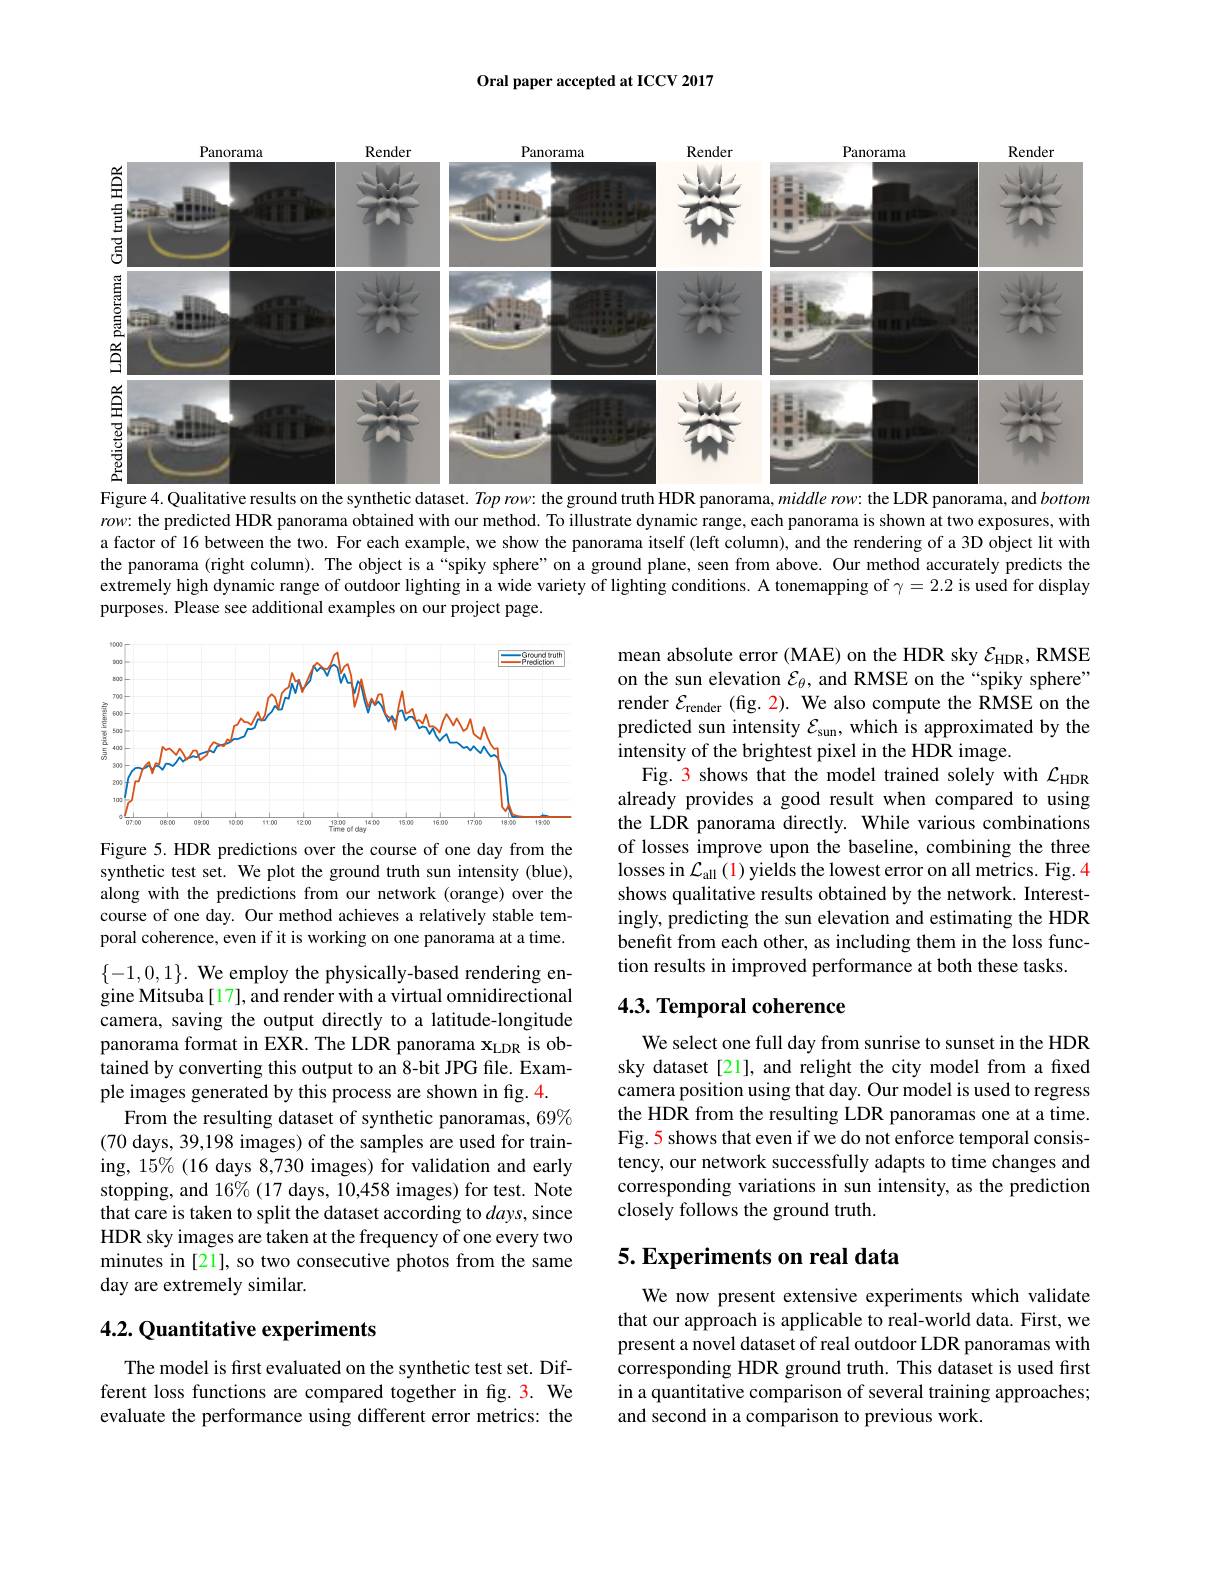
Oral paper accepted at ICCV 2017

<FigureHere>
Figure 4. Qualitative results on the synthetic dataset. $Top\textit{row: the ground truth HDR panorama, middle row: the LDR panorama, and bottomis Paris paris paris paris paris paris paris paris paris paris paris paris paris paris paris paris paris aris pari}$

$row:$ the predicted HDR panorama obtained with our method. To illustrate dynamic range, each panorama is shown at two exposures, with a factor of 16 between the two. For each example, we show the panorama itself (left column), and the rendering of a 3D object lit with the panorama (right column). The object is a“spiky sphere” on a ground plane, seen from above. Our method accurately predicts the extremely high dynamic range of outdoor lighting in a wide variety of lighting conditions. A tonemapping of $\gamma=2.2$ is used for display purposes. Please see additional examples on our project page.

<FigureHere>

mean absolute error (MAE) on the HDR sky $\mathcal{E}_\mathrm{HDR}$, RMSE on the sun elevation $\mathcal{E}_\theta$, and RMSE on the“spiky sphere” render $\mathcal{E}_\mathrm{render}$ (fig. 2). We also compute the RMSE on the predicted sun intensity $\mathcal{E}_\mathrm{sun}$, which is approximated by the intensity of the brightest pixel in the HDR image.
Fig. 3 shows that the model trained solely with $\mathcal{L}_\mathrm{HDR}$ already provides a good result when compared to using the LDR panorama directly. While various combinations of losses improve upon the baseline, combining the three losses in $\mathcal{L}_\mathrm{all}(1)$ yields the lowest error on all metrics. Fig. 4 shows qualitative results obtained by the network. Interestingly, predicting the sun elevation and estimating the HDR benefit from each other, as including them in the loss function results in improved performance at both these tasks

Figure 5. HDR predictions over the course of one day from the synthetic test set. We plot the ground truth sun intensity (blue), along with the predictions from our network (orange) over the course of one day. Our method achieves a relatively stable temporal coherence, even if it is working on one panorama at a time.

## 4.3. Temporal coherence

We select one full day from sunrise to sunset in the HDR sky dataset [21], and relight the city model from a fxed camera position using that day. Our model is used to regress the HDR from the resulting LDR panoramas one at a time. Fig. 5 shows that even if we do not enforce temporal consistency, our network successfully adapts to time changes and corresponding variations in sun intensity, as the prediction closely follows the ground truth.

$\{-1,0,1\}.$ We employ the physically-based rendering engine Mitsuba [17], and render with a virtual omnidirectional camera, saving the output directly to a latitude-longitude panorama format in EXR. The LDR panorama $\mathbf{x}_\mathrm{LDR}$ is obtained by converting this output to an 8-bit JPG file. Example images generated by this process are shown in fig.4.
From the resulting dataset of synthetic panoramas, 69% (70 days, 39,198 images) of the samples are used for training, 15% (16 days 8,730 images) for validation and early stopping, and 16%(17 days, 10,458 images) for test. Note that care is taken to split the dataset according to $days$, since HDR sky images are taken at the frequency of one every two minutes in [21], so two consecutive photos from the same day are extremely similar.

## 5. Experiments on real data

## 4.2. Quantitative experiments

We now present extensive experiments which validate that our approach is applicable to real-world data. First, we present a novel dataset of real outdoor LDR panoramas with corresponding HDR ground truth. This dataset is used first in a quantitative comparison of several training approaches; and second in a comparison to previous work.

The model is first evaluated on the synthetic test set. Different loss functions are compared together in fig.3. We evaluate the performance using different error metrics: the